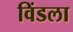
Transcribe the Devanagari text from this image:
विंडला